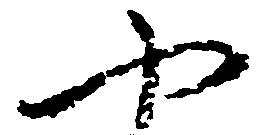
や